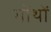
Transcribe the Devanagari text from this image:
गोंथों